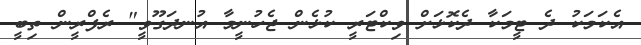
އެކަމަކު ދެ ޓީމަކާ ދެކޮޅަށް ވިކްޓަރީ ކުޅެން ޖެހުނީމާ އުނދަގޫވީ" ރެފްރީން ތިބީ